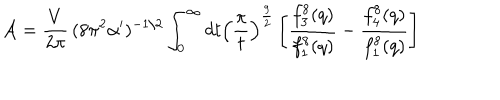
{ \cal A } = { \frac { V } { 2 \pi } } \, ( 8 \pi ^ { 2 } \alpha ^ { \prime } ) ^ { - 1 / 2 } \int _ { 0 } ^ { \infty } d t \left( { \frac { \pi } { t } } \right) ^ { \frac { 9 } { 2 } } \left[ { \frac { f _ { 3 } ^ { 8 } ( q ) } { f _ { 1 } ^ { 8 } ( q ) } } - { \frac { f _ { 4 } ^ { 8 } ( q ) } { f _ { 1 } ^ { 8 } ( q ) } } \right]